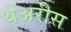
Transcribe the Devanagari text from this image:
थेअरीस